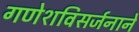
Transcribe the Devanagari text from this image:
गणेशविसर्जनाने